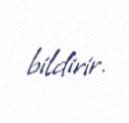
bildirir.